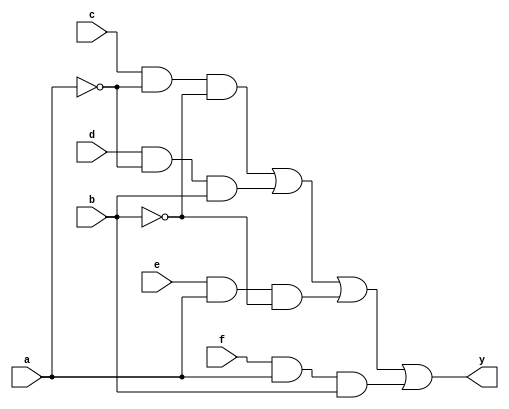
module mux4(input a,b,c,d,e,f, output y);
assign y = (c&~a&~b) | (d&~a&b) | (e&a&~b) | (f&a&b);
endmodule